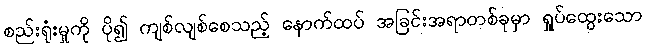
စည်းရုံးမှုကို ပို၍ ကျစ်လျစ်စေသည့် နောက်ထပ် အခြင်းအရာတစ်ခုမှာ ရှုပ်ထွေးသော